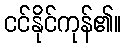
ငင်နိုင်ကုန်၏။